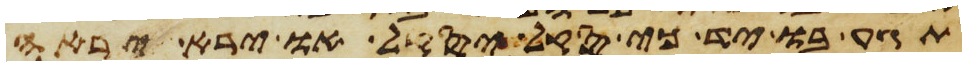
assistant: תגע בו יד כי סקל יסקל או ירא יראה